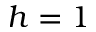
h = 1